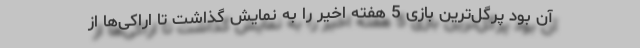
آن بود پرگل‌ترین بازی 5 هفته اخیر را به نمایش گذاشت تا اراکی‌ها از